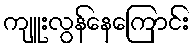
ကျူးလွန်နေကြောင်း